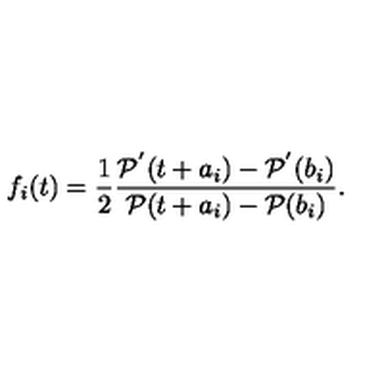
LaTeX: f _ { i } ( t ) = \frac { 1 } { 2 } \frac { { \cal P } ^ { ' } ( t + a _ { i } ) - { \cal P } ^ { ' } ( b _ { i } ) } { { \cal P } ( t + a _ { i } ) - { \cal P } ( b _ { i } ) } .